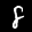
Label: 8